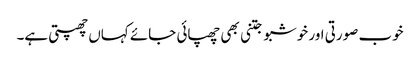
خوب صورتی اور خوشبو جتنی بھی چھپائی جائے کہاں چھپتی ہے۔